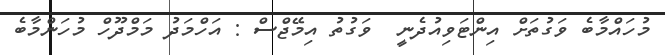
މުހައްމާބެ ވަގުތަށް އިންޓަވިއުދެނީ  ވަގުތު އިމޭޖްސް : އަހްމަދު މަމްދޫހް މުހަންމާބެ